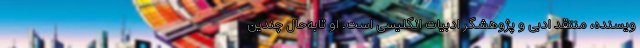
ویسنده، منتقد ادبی و پژوهشگر ادبیات انگلیسی است. او تابه‌حال چندین